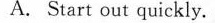
A. Start out quickly.